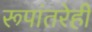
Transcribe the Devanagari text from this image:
रूपांतरेही